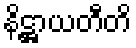
နိဋ္ဌာယတီတိ